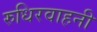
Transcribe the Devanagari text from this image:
रुधिरवाहनी